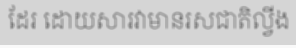
ដែរ ដោយសារវាមានរសជាតិល្វីង